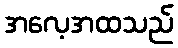
အလေ့အထသည်